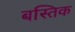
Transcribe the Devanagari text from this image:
बस्तिक